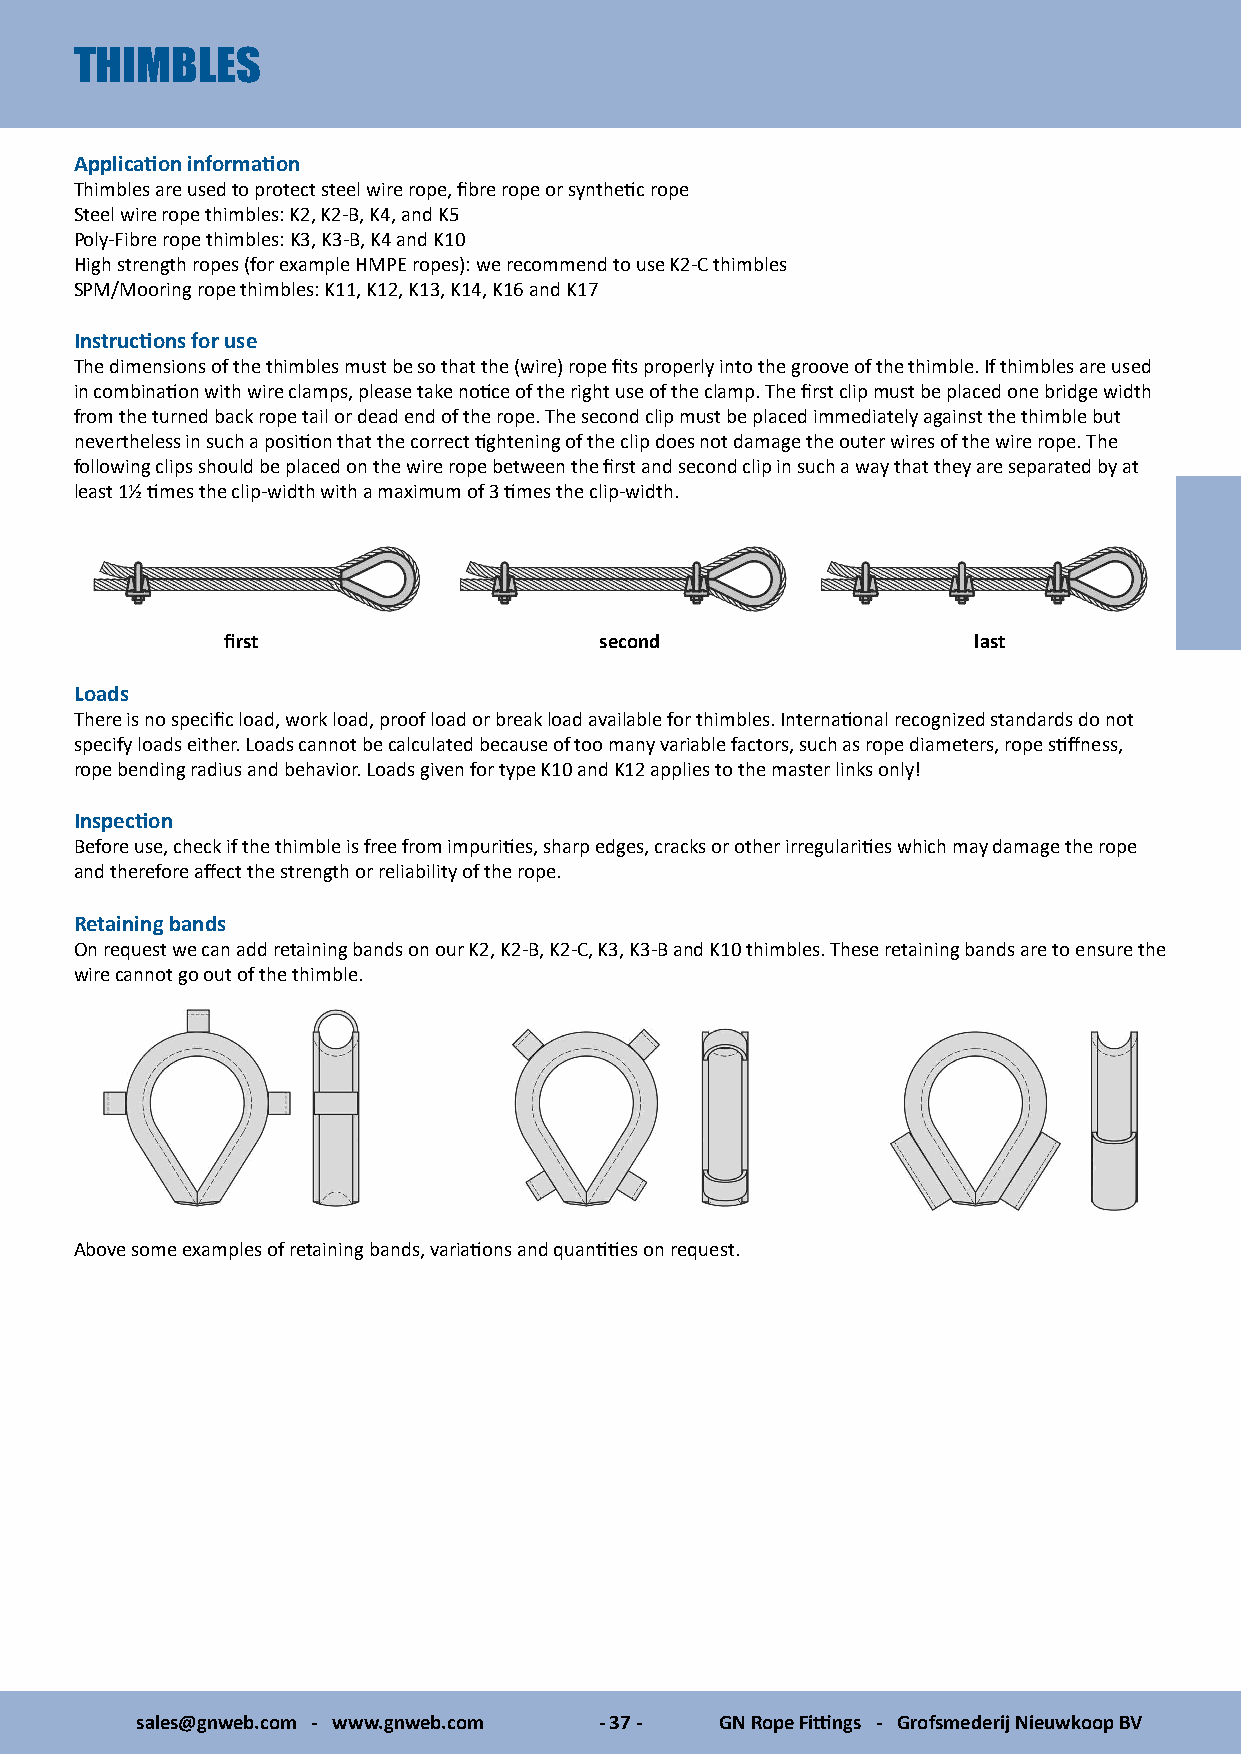
THIMBLES
 Application information
 Thimbles are used to protect steel wire rope, fibre rope or synthetic rope
 Steel wire rope thimbles: K2, K2-B, K4, and K5
 Poly-Fibre rope thimbles: K3, K3-B, K4 and K10
 High strength ropes (for example HMPE ropes): we recommend to use K2-C thimbles
 SPM/Mooring rope thimbles: K11, K12, K13, K14, K16 and K17
 Instructions for use
 The dimensions of the thimbles must be so that the (wire) rope fits properly into the groove of the thimble. If thimbles are used
 in combination with wire clamps, please take notice of the right use of the clamp. The first clip must be placed one bridge width
 from the turned back rope tail or dead end of the rope. The second clip must be placed immediately against the thimble but
 nevertheless in such a position that the correct tightening of the clip does not damage the outer wires of the wire rope. The
 following clips should be placed on the wire rope between the first and second clip in such a way that they are separated by at
 least 1½ times the clip-width with a maximum of 3 times the clip-width.
 first                    second                   last
 Loads
 There is no specific load, work load, proof load or break load available for thimbles. International recognized standards do not
 specify loads either. Loads cannot be calculated because of too many variable factors, such as rope diameters, rope stiffness,
 rope bending radius and behavior. Loads given for type K10 and K12 applies to the master links only!
 Inspection
 Before use, check if the thimble is free from impurities, sharp edges, cracks or other irregularities which may damage the rope
 and therefore affect the strength or reliability of the rope.
 Retaining bands
 On request we can add retaining bands on our K2, K2-B, K2-C, K3, K3-B and K10 thimbles. These retaining bands are to ensure the
 wire cannot go out of the thimble.
 Above some examples of retaining bands, variations and quantities on request.
 sales@gnweb.com - www.gnweb.com - 37 - GN Rope Fittings - Grofsmederij Nieuwkoop BV